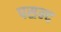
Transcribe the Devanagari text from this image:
पसन्‍द